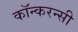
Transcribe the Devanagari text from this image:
कॉन्करन्सी